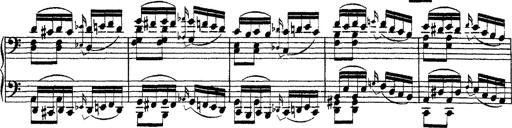
Title: Ã‰tudes d'exÃ©cution transcendante d'aprÃ¨s Paganini
Composer: Franz Liszt